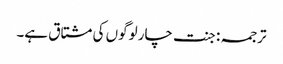
ترجمہ : جنت چار لوگوں کی مشتاق ہے۔